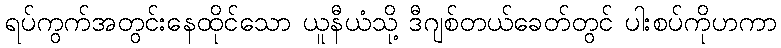
ရပ်ကွက်အတွင်းနေထိုင်သော ယူနီယံသို့ ဒီဂျစ်တယ်ခေတ်တွင် ပါးစပ်ကိုဟကာ